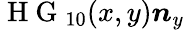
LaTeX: \mathrm{~H~G~}_{10}(x,y)\boldsymbol{n}_{y}